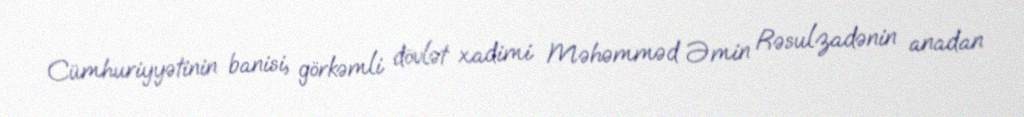
Cümhuriyyətinin banisi, görkəmli dövlət xadimi Məhəmməd Əmin Rəsulzadənin anadan